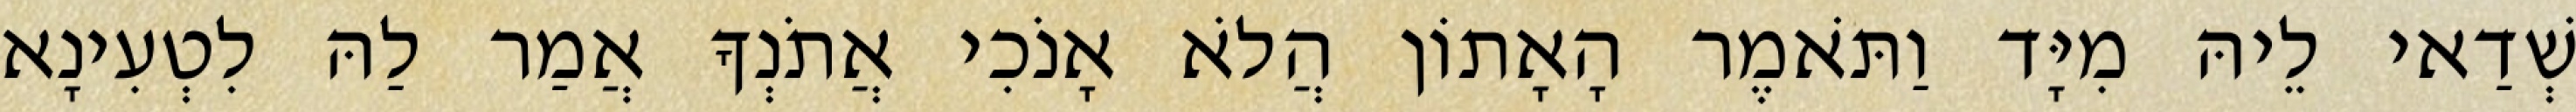
שְׁדַאי לֵיהּ מִיָּד וַתֹּאמֶר הָאָתוֹן הֲלֹא אָנֹכִי אֲתֹנְךָ אֲמַר לַהּ לִטְעִינָא